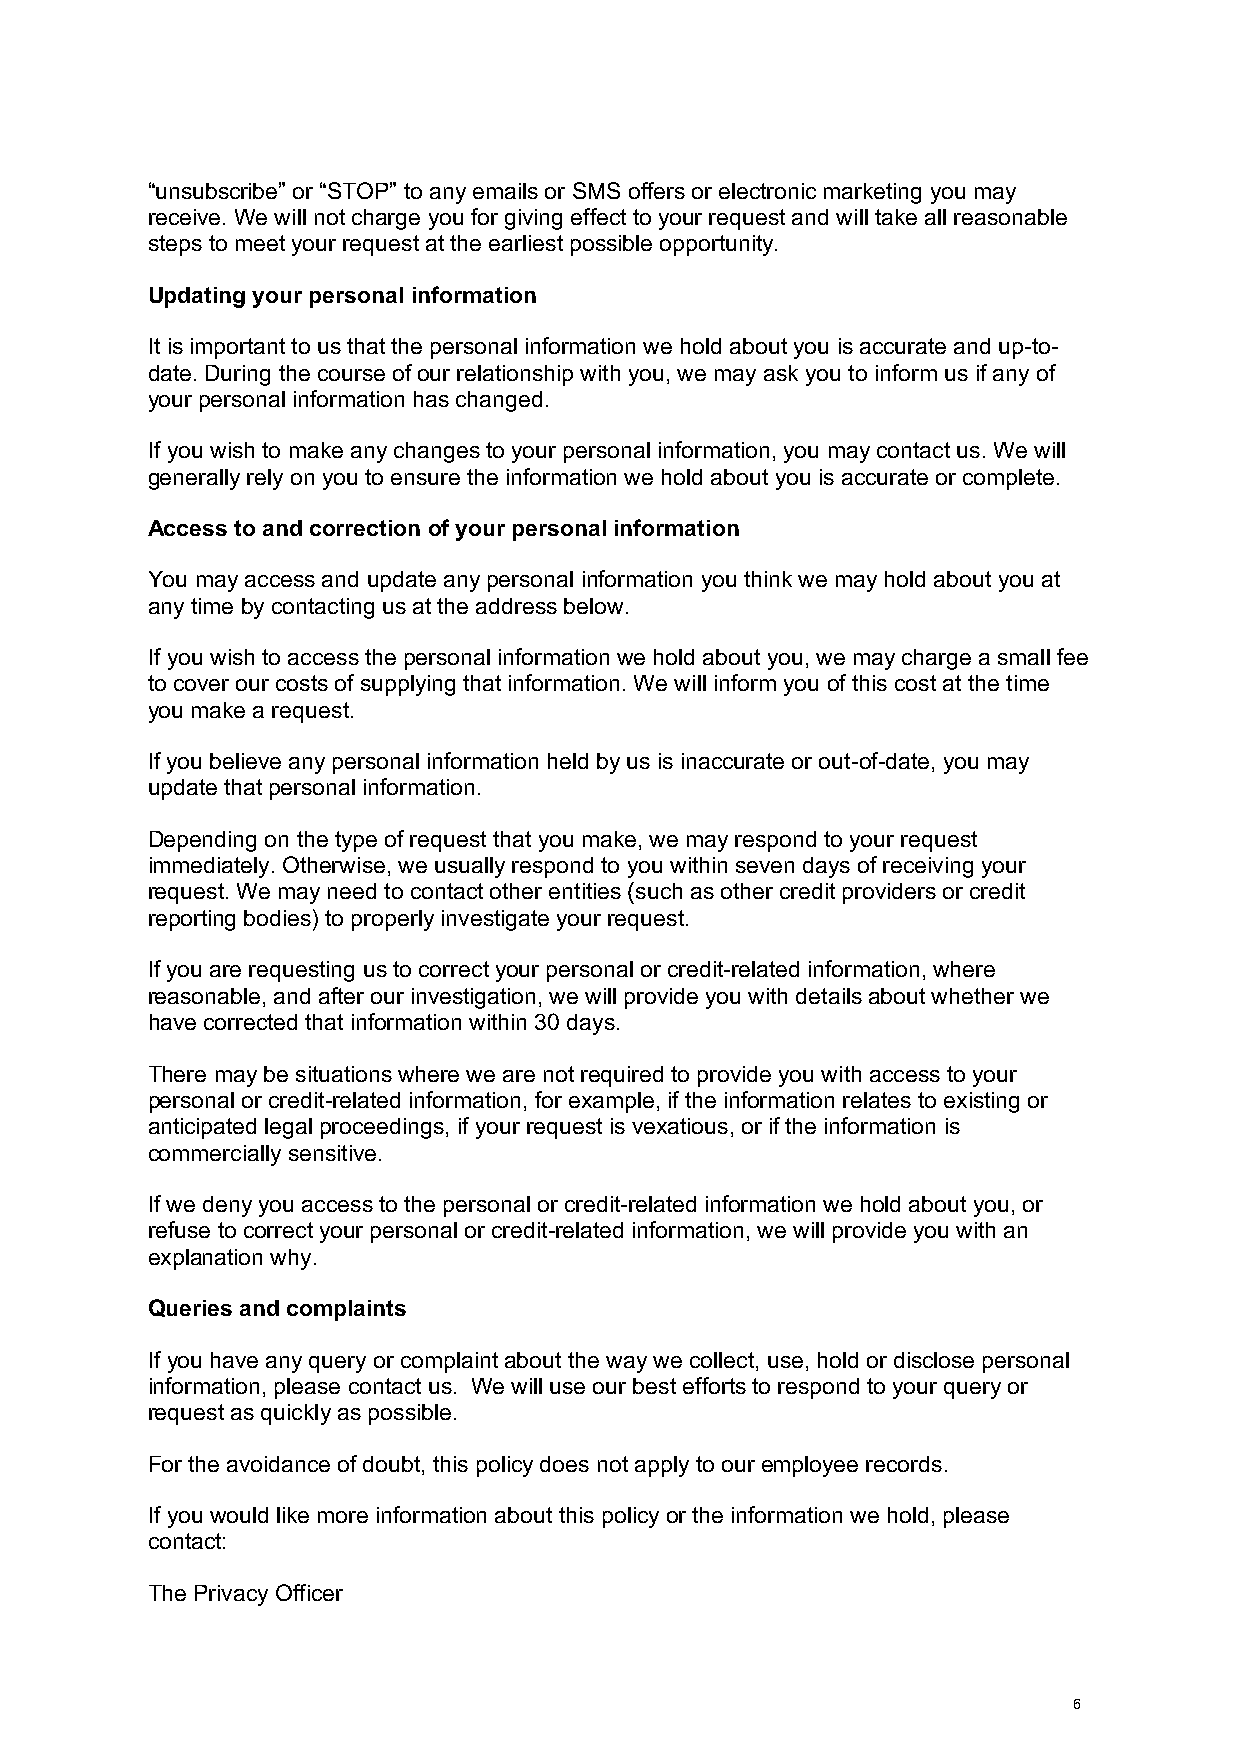
“unsubscribe” or “STOP” to any emails or SMS offers or electronic marketing you may
 receive. We will not charge you for giving effect to your request and will take all reasonable
 steps to meet your request at the earliest possible opportunity.
 Updating your personal information
 It is important to us that the personal information we hold about you is accurate and up-to-
 date. During the course of our relationship with you, we may ask you to inform us if any of
 your personal information has changed.
 If you wish to make any changes to your personal information, you may contact us. We will
 generally rely on you to ensure the information we hold about you is accurate or complete.
 Access to and correction of your personal information
 You may access and update any personal information you think we may hold about you at
 any time by contacting us at the address below.
 If you wish to access the personal information we hold about you, we may charge a small fee
 to cover our costs of supplying that information. We will inform you of this cost at the time
 you make a request.
 If you believe any personal information held by us is inaccurate or out-of-date, you may
 update that personal information.
 Depending on the type of request that you make, we may respond to your request
 immediately. Otherwise, we usually respond to you within seven days of receiving your
 request. We may need to contact other entities (such as other credit providers or credit
 reporting bodies) to properly investigate your request.
 If you are requesting us to correct your personal or credit-related information, where
 reasonable, and after our investigation, we will provide you with details about whether we
 have corrected that information within 30 days.
 There may be situations where we are not required to provide you with access to your
 personal or credit-related information, for example, if the information relates to existing or
 anticipated legal proceedings, if your request is vexatious, or if the information is
 commercially sensitive.
 If we deny you access to the personal or credit-related information we hold about you, or
 refuse to correct your personal or credit-related information, we will provide you with an
 explanation why.
 Queries and complaints
 If you have any query or complaint about the way we collect, use, hold or disclose personal
 information, please contact us. We will use our best efforts to respond to your query or
 request as quickly as possible.
 For the avoidance of doubt, this policy does not apply to our employee records.
 If you would like more information about this policy or the information we hold, please
 contact:
 The Privacy Officer
 6